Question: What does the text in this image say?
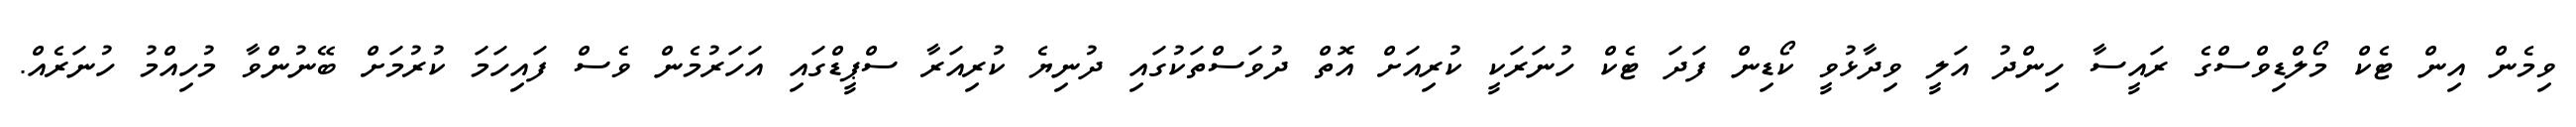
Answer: ވިމެން އިން ޓެކް މޯލްޑިވްސްގެ ރައީސާ ހިންދު އަލީ ވިދާޅުވީ ކޯޑިން ފަދަ ޓެކް ހުނަރަކީ ކުރިއަށް އޮތް ދުވަސްތަކުގައި ދުނިޔެ ކުރިއަރާ ސްޕީޑްގައި އަހަރުމެން ވެސް ފައިހަމަ ކުރުމަށް ބޭނުންވާ މުހިއްމު ހުނަރެއް.